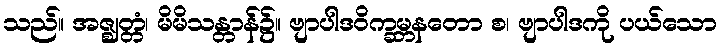
သည်။ အဇ္ဈတ္တံ၊ မိမိသန္တာန်၌။ ဗျာပါဒဝိက္ခမ္ဘနတော စ၊ ဗျာပါဒကို ပယ်သော